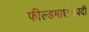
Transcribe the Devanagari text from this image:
फील्डमार्शलपदी